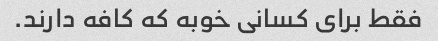
فقط برای کسانی خوبه که کافه دارند.